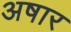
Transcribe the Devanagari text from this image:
अषार